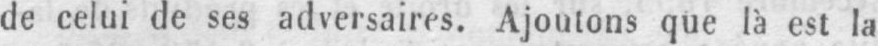
de celui de ses adversaires. Ajoutons que là est la